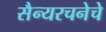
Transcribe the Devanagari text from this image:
सैन्यरचनेचे